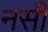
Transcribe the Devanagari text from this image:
नसी